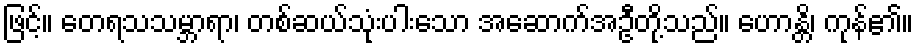
ဖြင့်။ တေရသသမ္ဘာရာ၊ တစ်ဆယ်သုံးပါးသော အဆောက်အဦတို့သည်။ ဟောန္တိ၊ ကုန်၏။